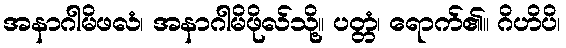
အနာဂါမိဖလံ၊ အနာဂါမိဖိုလ်သို့။ ပတ္တံ၊ ရောက်၏။ ဂိဟိပိ၊